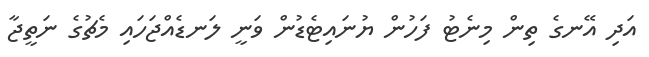
އަދި އޭނގެ ތިން މިނެޓު ފަހުން ޔުނައިޓެޑުން ވަނީ ލަނޑެއްޖަހައި މެޗުގެ ނަތީޖާ